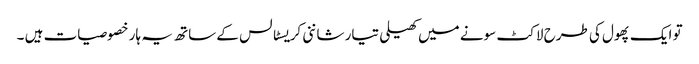
تو ایک پھول کی طرح لاکٹ سونے میں کھیلی تیار شاننی کریسٹالس کے ساتھ یہ ہار خصوصیات ہیں ۔